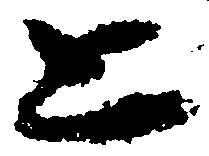
上